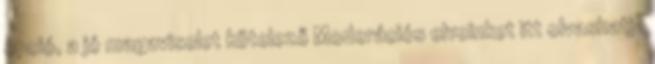
opció, a jó magaviselet kötelező Moderációs elveinket itt olvashatja